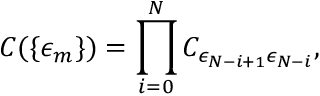
C ( \{ \epsilon _ { m } \} ) = \prod _ { i = 0 } ^ { N } C _ { \epsilon _ { N - i + 1 } \epsilon _ { N - i } } ,